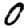
Digit: 0